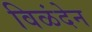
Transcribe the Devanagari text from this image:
विळंदेन